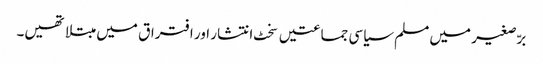
برّصغیر میں مسلم سیاسی جماعتیں سخٹ انتشار اور افتراق میں مبتلا تھیں۔